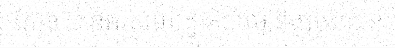
សែន បានអរគុណរដ្ឋាភិបាល និងប្រជាជន